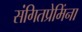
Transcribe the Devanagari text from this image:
संगितप्रेमिंना